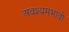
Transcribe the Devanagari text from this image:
अवश्यमभावी